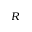
R